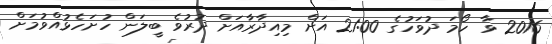
2016 ވާ ހޯމަ ދުވަހުގެ 21:00 އަށް މިއިދާރާއަށް ދުރުވެ ބީލަން ހުށަހެޅުއްވުމަށް